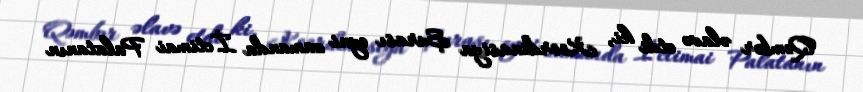
Qəmbər əlavə etdi ki, Koordinasiya Şurası eyni zamanda İctimai Palatanın